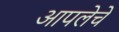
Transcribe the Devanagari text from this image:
आपलेचे